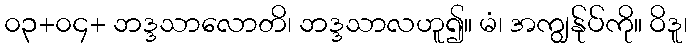
၀၃+၀၄+ ဘဒ္ဒသာလောတိ၊ ဘဒ္ဒသာလဟူ၍။ မံ၊ အကျွန်ုပ်ကို။ ဝိဒူ၊